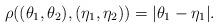
LaTeX: \begin{align*}\rho( (\theta_1, \theta_2), (\eta_1, \eta_2)) = | \theta_1 - \eta_1|.\end{align*}